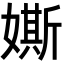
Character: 𡡒